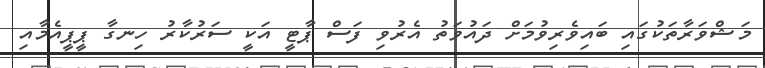
މަޝްވަރާތަކުގައި ބައިވެރިވުމަށް ދައުވަތު އެރުވި ފަސް ޕާޓީ އަކީ ސަރުކާރު ހިނގާ ޕީޕީއެމާއި